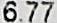
6.77